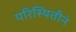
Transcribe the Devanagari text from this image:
परिस्थितीनं